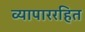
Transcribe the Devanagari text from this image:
व्यापाररहित